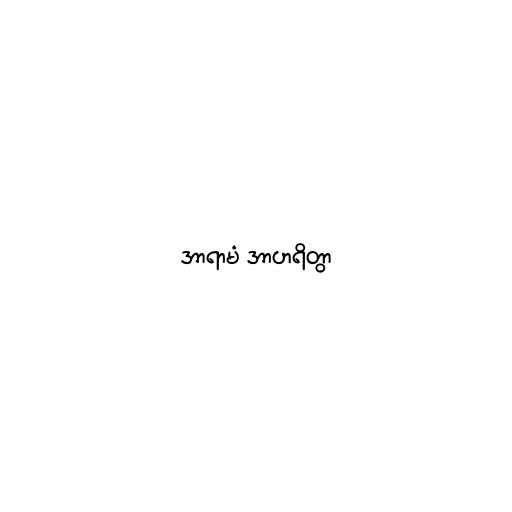
အာရာမံ အာဟရိတွာ